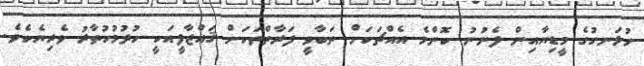
ހުޅަނގުގެ މީޑިޔާއިން ފެނުނު ކޮންމެ އެއްޗަކަށް ތަބާވީ ފަރާތްތަކަށް ޤައްޒާފީއަކީ ހުދުމުހުތާރު ވެރިޔެކެވެ.